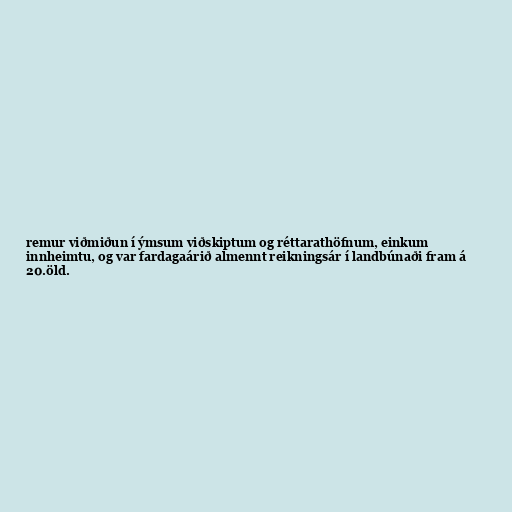
remur viðmiðun í ýmsum viðskiptum og réttarathöfnum, einkum
innheimtu, og var fardagaárið almennt reikningsár í landbúnaði fram á
20.öld.